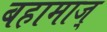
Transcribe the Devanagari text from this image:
बहामाज्